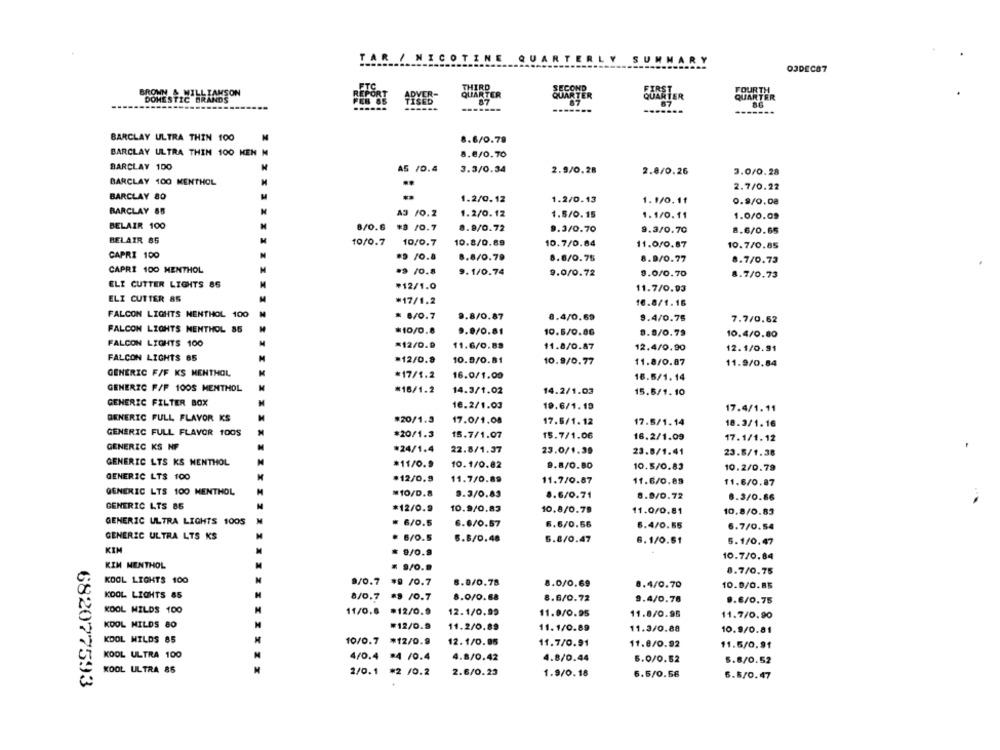
TAR
SOTINE
SUNN
RY
OJDEC87
FTC
HIRD
DOMESTIC BR
REPORT
ADVER-
QUARTER
FEB 85
TISED
07
QUARTER
BARCLAY ULTRA THIN 100
8.6/0.79
BARCLAY ULTRA THIN 100 HEN N
8.6/0.70
BARCLAY 100
A5 /0.4
3.3/0.34
2.9/0.28
2.8/0.26
3.0/0.28
BARCLAY 100 MENTHOL
2.7/0.22
BARCLAY 80
1.2/0.12
1.2/0.13
1.1/0.11
0.9/0.08
BARCLAY 65
A3 /0.2
1.2/0.12
1.5/0. 15
1.1/0.11
1.0/0.09
BELAIR 100
8/0.6
¥8 /0.7
8.9/0.72
9.3/0.70
9.3/0.70
8.6/0.65
BELAIR 85
10/0.7
10/0.7
10.8/0.89
10.7/0.84
11.0/0.87
10.7/0.85
CAPRI 100
*9 /0.8
8.8/0.79
8.8/0.75
8.9/0.77
8.7/0.73
CAPRI 100 MENTHOL
·9 /0.8
9.1/0.74
9.0/0.72
9.0/0.70
8.7/0.73
ELI CUTTER LIGHTS 86
₱12/1.0
11.7/0.93
ELI CUTTER 85
*17/1.2
16.8/1.16
FALCON LIGHTS MENTHOL 100
= 8/0.7
9.8/0.87
8.4/0.69
9.4/0.75
7.7/0.62
FALCON LIGHTS MENTHOL 85
*10/0.8
10.5/0.86
9.8/0.81
8.8/0.79
10.4/0.80
FALCON LIGHTS 100
=12/0.9
11.6/0.88
11.8/0.87
12.4/0.90
12.1/0.91
FALCON LIGHTS 65
*12/0.9
10.9/0.81
10.9/0.77
11.8/0.87
11.9/0.84
GENERIC F/F KS MENTHOL
*17/1.2
16.0/1.00
16.5/1.14
GENERIC F/F 100S MENTHOL
*16/1.2
14.3/1.02
14.2/1.03
15.6/1.10
GENERIC FILTER BOX
16.2/1.03
19.6/1.19
17.4/1.11
GENERIC FULL FLAVOR KS
*20/1.3
17.0/1.08
17.5/1.12
17.5/1.14
18.3/1.16
GENERIC FULL FLAVOR 1005
*20/1.3
15.7/1.07
15.7/1.06
16.2/1.09
17.1/1.12
GENERIC KS NP
*24/1.4
22.8/1.37
23.0/1.39
23.8/1.41
23.6/1.38
GENERIC LTS KS MENTHOL
*11/0.9
10.1/0.82
9.8/0.80
10.5/0.83
10.2/0.79
GENERIC LT$ 100
*12/0.9
11.7/0.89
11.7/0.87
11.6/0.89
11.6/0.87
GENERIC LTS 100 NENTHOL
=10/0.8
9.3/0.83
8.6/0.71
8.9/0.72
8.3/0.86
GENERIC LTS 86
*12/0.9
10.9/0.83
10.8/0.79
11.0/0.81
10.8/0.83
GENERIC ULTRA LIGHTS 1005
₩ 6/0.5
6.6/0.57
6.6/0.56
6.4/0.55
6.7/0.54
GENERIC ULTRA LTS KS
* 6/0.5
6.8/0.48
5.8/0.47
6.1/0.51
5.1/0.47
KIM
* 9/0.9
10.7/0.84
KIM MENTHOL
= 9/0.9
8.7/0.75
KOOL LIGHTS 100
9/0.7
#9 /0.7
8.8/0.78
8.0/0.69
8.4/0.70
10.8/0.85
KOOL LIGHTS 85
8/0.7
#9 /0.7
8.0/0.88
8.6/0.72
9.4/0.78
9.6/0.75
KOOL WILDS 100
11/0.8 *12/0.9
12.1/0.99
11.0/0.95
11.8/0.95
11.7/0.90
KDOL MILDS 80
M
#12/0.9
11.2/0.89
11.1/0.89
11.3/0.88
10.9/0.81
KDOL WILDS 85
M
10/0.7
*12/0.9
12.1/0.95
11.7/0.91
11.8/0.92
11.5/0,91
KOOL ULTRA 100
M
4/0.4 *4 /0.4
4.8/0,42
4.8/0.44
5.0/0.52
5.8/0.52
KOOL ULTRA 86
M
2/0.1
*2 /0.2
2.6/0.23
1.9/0.18
6.5/0.58
6.8/0.47
682077593